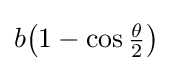
b{\bigl (}1-\cos {\tfrac {\theta }{2}}{\bigr )}